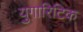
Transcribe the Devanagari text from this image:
युगारिटिक